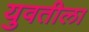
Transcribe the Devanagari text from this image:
युवतीला